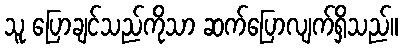
သူ ပြောချင်သည်ကိုသာ ဆက်ပြောလျက်ရှိသည်။